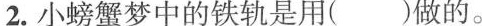
2.小螃蟹梦中的铁轨是用()做的。